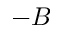
- B